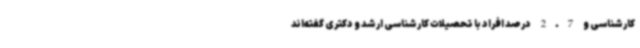
کارشناسی و 2.7 درصد افراد با تحصیلات کارشناسی ارشد و دکتری گفته‌اند